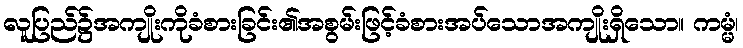
လူပြည်၌အကျိုးကိုခံစားခြင်း၏အစွမ်းဖြင့်ခံစားအပ်သောအကျိုးရှိသော။ ကမ္မံ၊